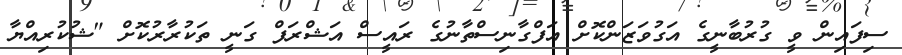
ސިފައިން ވީ ގުރުބާނީގެ އަގުވަޒަންކޮށް އަފްގާނިސްތާނުގެ ރައީސް އަޝްރަފް ގަނީ ތަކުރާރުކޮށް "ޝުކުރިއްޔާ